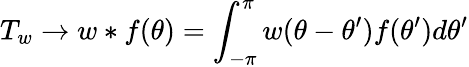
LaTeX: T_{w}\rightarrow w*f(\theta)=\int_{-\pi}^{\pi}w(\theta-\theta^{\prime})f(\theta^{\prime})d\theta^{\prime}